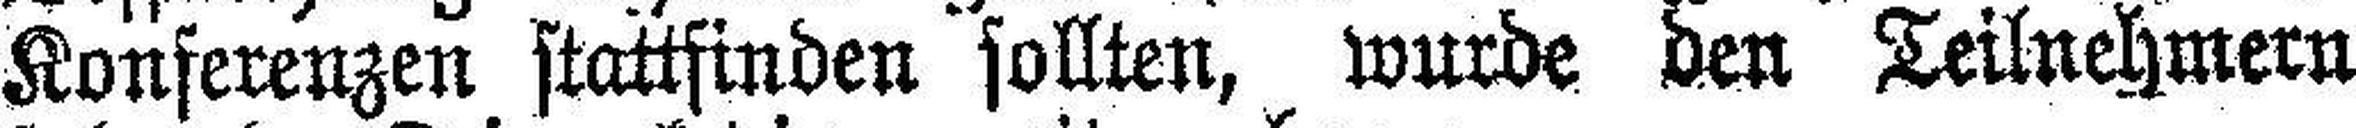
Konferenzen stattfinden sollten, wurde den Teilnehmern